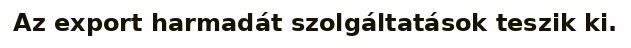
Az export harmadát szolgáltatások teszik ki.